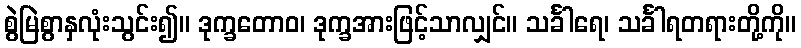
စွဲမြဲစွာနှလုံးသွင်း၍။ ဒုက္ခတောဝ၊ ဒုက္ခအားဖြင့်သာလျှင်။ သင်္ခါရေ၊ သင်္ခါရတရားတို့ကို။